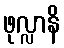
ဖုလ္လာနိ